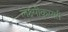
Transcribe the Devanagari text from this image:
लक्ष्मीकुमारी